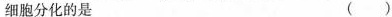
细胞分化的是 ( )